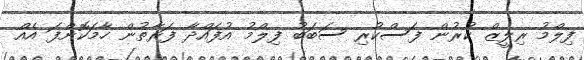
ފިލްމު ރިލީޒް ކުރުން ފަސްކުރި ސަބަބު ފިލްމު އުފައްދާ ފަރާތުން ހާމަކޮށްފަ އެއް